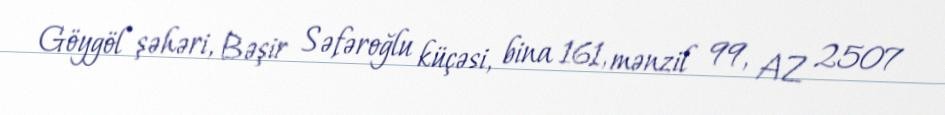
Göygöl şəhəri, Bəşir Səfəroğlu küçəsi, bina 161, mənzil 99, AZ 2507